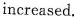
increased.